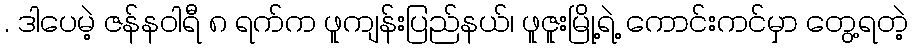
. ဒါပေမဲ့ ဇန်နဝါရီ ၈ ရက်က ဖူကျန်းပြည်နယ်၊ ဖူဇူးမြို့ရဲ့ ကောင်းကင်မှာ တွေ့ရတဲ့